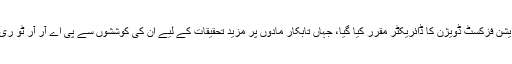
اسی دوران انھیں ریڈی ایشن فزکسٹ ڈویژن کا ڈائریکٹر مقرر کیا گیا، جہاں تابکار مادوں پر مزید تحقیقات کے لیے ان کی کوششوں سے پی اے آر آر ٹو ری ایکٹر کا قیام ممکن ہوا۔